Source: Computer-generated
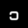
Digit: ၁ (1)